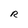
Character: R